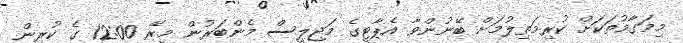
މިމަގާމުތަކަށް ކުރިމަތިލުމަށް ބޭނުންވާ އެޕާޓީގެ މަޖިލީސް މެންބަރުން މިރޭ 12:00 ގެ ކުރިން